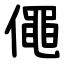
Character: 僶